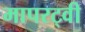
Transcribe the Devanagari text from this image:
मापरट्वी